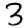
Digit: 3